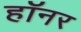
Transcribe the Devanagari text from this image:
हॉनर